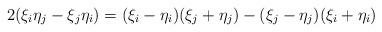
LaTeX: \begin{align*} 2 (\xi_i \eta_j - \xi_j \eta_i) = (\xi_i - \eta_i ) (\xi_j + \eta_j ) - (\xi_j - \eta_j ) (\xi_i + \eta_i ) \end{align*}